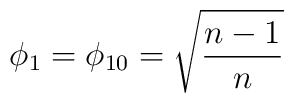
\phi _1=\phi _{10}=\sqrt{\frac{n-1}n}